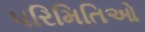
પરિમિતિઓ